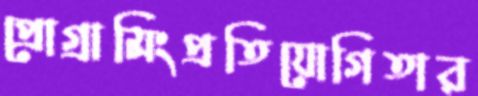
প্রোগ্রামিংপ্রতিযোগিতার